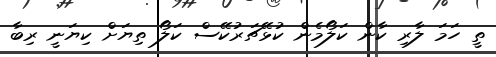
ތީ ހަމަ ލާރި ކާން ކަލޯމެން ކުޅޭޗަރުކޭސް ކަލޯ ތިޔަށް ކިޔަނީ ރިބާ